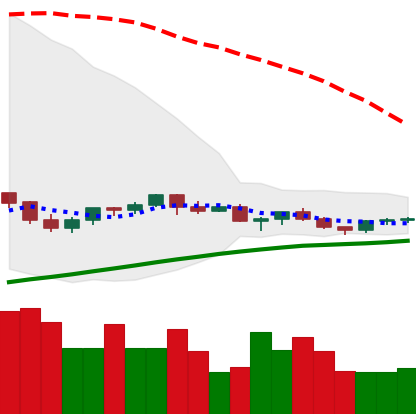
Ticker: TRX-USD
Chart end date: 2021-06-15
Forward return: -6.503%
Label: down_5_7